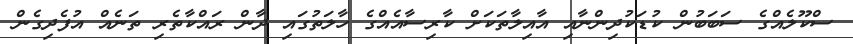
ސްކޫލެއްގެ ސަބަބުން ކުޑަކުދިންނާއި އާއިލާތަކަށް ކާރިސާއެއްގެ ހާލަތުގައި ދާން ރައްކާތެރި ތަނެއް އުފެދިގެން